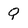
Character: Q